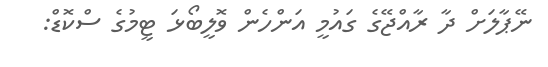
ނޭޕާލަށް ދާ ރާއްޖޭގެ ގައުމީ އަންހެން ވޮލީބޯޅަ ޓީމުގެ ސްކޮޑް: